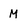
Character: M